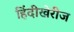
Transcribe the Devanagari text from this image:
हिंदीखेरीज